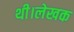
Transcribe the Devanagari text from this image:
थी।लेखक